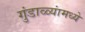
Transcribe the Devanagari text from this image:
गुंडाळ्यांमध्ये